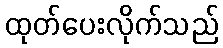
ထုတ်ပေးလိုက်သည်